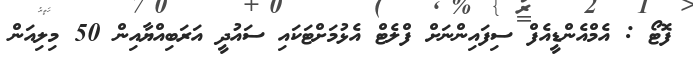
ފޮޓޯ : އެމްއެންޑީއެފް ސިފައިންނަށް ފްލެޓް އެޅުމަށްޓަކައި ސައުދީ އަރަބިއްޔާއިން 50 މިލިއަން